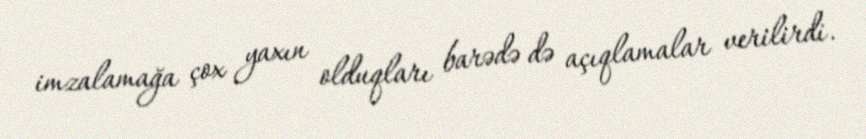
imzalamağa çox yaxın olduqları barədə də açıqlamalar verilirdi.